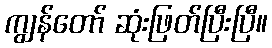
ကျွန်တော် ဆုံးဖြတ်ပြီးပြီ။